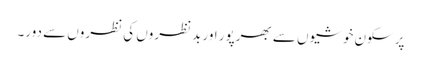
پرسکون خوشیوں سے بھرپور اور بدنظروں کی نظروں سے دور۔